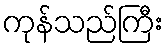
ကုန်သည်ကြီး